Report on vaccination in the Province of Bengal - 1869-1873
Year: 1869
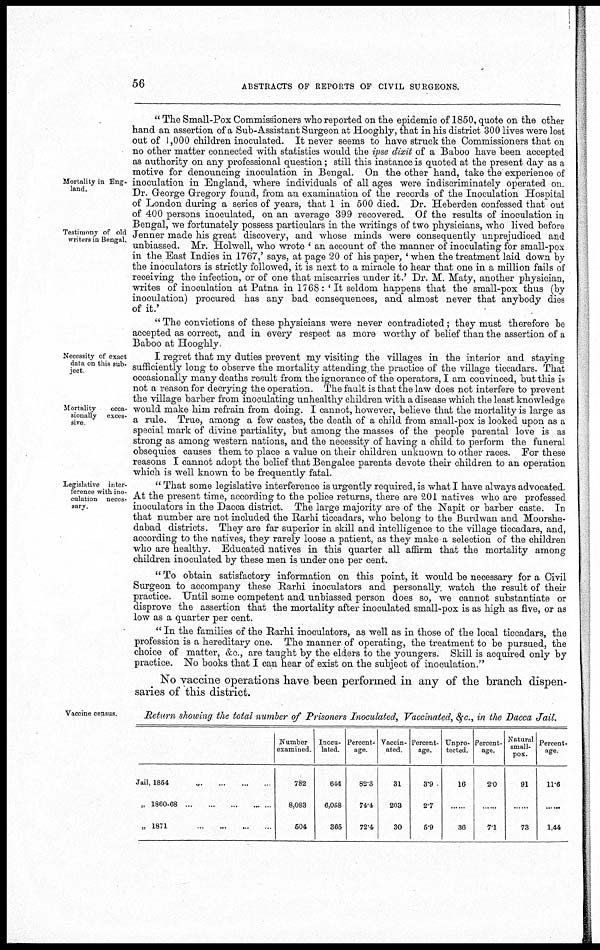
56
ABSTRACTS OF REPORTS OF CIVIL SURGEONS.
Mortality in Eng¬
land.
Testimony of old
writers in Bengal.
" The Small-Pox Commissioners who reported on the epidemic of 1850, quote on the other
hand an assertion of a Sub-Assistant Surgeon at Hooghly, that in his district 300 lives were lost
out of 1,000 children inoculated. It never seems to have struck the Commissioners that on
no other matter connected with statistics would the ipse dixit of a Baboo have been accepted
as authority on any professional question; still this instance is quoted at the present day as a
motive for denouncing inoculation in Bengal. On the other hand, take the experience of
inoculation in England, where individuals of all ages were indiscriminately operated on.
Dr. George Gregory found, from an examination of the records of the Inoculation Hospital
of London during a series of years, that 1 in 500 died. Dr. Heberden confessed that out
of 400 persons inoculated, on an average 399 recovered. Of the results of inoculation in
Bengal, we fortunately possess particulars in the writings of two physicians, who lived before
Jenner made his great discovery, and whose minds were consequently unprejudiced and
unbiassed. Mr. Holwell, who wrote ' an account of the manner of inoculating for small-pox
in the East Indies in 1767,' says, at page 20 of his paper, ' when the treatment laid down by
the inoculators is strictly followed, it is next to a miracle to hear that one in a million fails of
receiving the infection, or of one that miscarries under it.' Dr. M. Maty, another physician,
writes of inoculation at Patna in 1768: 'It seldom happens that the small-pox thus (by
inoculation) procured has any bad consequences, and almost never that anybody dies
of it.'
" The convictions of these physicians were never contradicted; they must therefore be
accepted as correct, and in every respect as more worthy of belief than the assertion of a
Baboo at Hooghly
Necessity of exact
data on this sub-
ject
Mortality
occa-
sionally exces-
sive
I regret that my duties prevent my visiting the villages in the interior and staying
sufficiently long to observe the mortality attending the practice of the village ticcadars. That
occasionally many deaths result from the ignorance of the operators, I am convinced, but this is
not a reason for decrying the operation. The fault is that the law does not interfere to prevent
the village barber from inoculating unhealthy children with a disease which the least knowledge
would make him refrain from doing. I cannot, however, believe that the mortality is large as
a rule. True, among a few castes, the death of a child from small-pox is looked upon as a
special mark of divine partiality, but among the masses of the people parental love is as
strong as among western nations, and the necessity of having a child to perform the funeral
obsequies causes them to place a value on their children unknown to other races. For these
reasons I cannot adopt the belief that Bengalee parents devote their children to an operation
which is well known to be frequently fatal.
Legislative inter-
ference with ino-
culation neces-
sary
" That some legislative interference is urgently required, is what I have always advocated.
At the present time, according to the police returns, there are 201 natives who are professed
inoculators in the Dacca district. The large majority are of the Napit or barber caste. In
that number are not included the Rarhi ticcadars, who belong to the Burdwan and Moorshe¬
dabad districts. They are far superior in skill and intelligence to the village ticcadars, and,
according to the natives, they rarely loose a patient, as they make a selection of the children
who are healthy. Educated natives in this quarter all affirm that the mortality among
children inoculated by these men is under one per cent.
" To obtain satisfactory information on this point, it would be necessary for a Civil
Surgeon to accompany these Rarhi inoculators and personally watch the result of their
practice. Until some competent and unbiassed person does so, we cannot substantiate or
disprove the assertion that the mortality after inoculated small-pox is as high as five, or as
low as a quarter per cent.
" In the families of the Rarhi inoculators, as well as in those of the local ticcadars, the
profession is a hereditary one. The manner of operating, the treatment to be pursued, the
choice of matter, &c, are taught by the elders to the youngers. Skill is acquired only by
practice. No books that I can hear of exist on the subject of inoculation."
No vaccine operations have been performed, in any of the branch dispen-
saries of this district.
Vaccine census.
Return showing the total number of Prisoners Inoculated, Vaccinated, &c., in the Dacca Jail.
Jail, 1864 ... ... ...
„ 1860-68
...
...
...
...
„ 1871
...
...
...
...
Number
examined.
782
8,083
504
Inocu-
lated.
644
6,058
365
Percent-
age.
82.3
74.4
72.4
Vaccin-
ated.
31
203
30
Percent-
age.
3.9
2.7
5.9
Unpro-
tected.
16
......
36
Percent-
age.
2.0
......
7.1
Natural
small-
pox.
91
......
73
Percent-
age
11.6
......
1,44